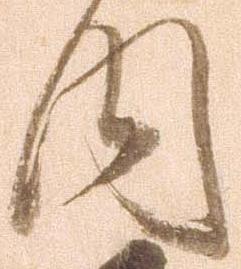
内